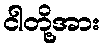
ငါတို့အား